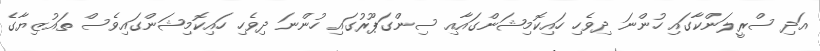
އަދި ސްރީލަންކާގައި ހުންނަ ދިވެހި ހައިކޮމިޝަންގައާއި ސިންގަޕޫރުގައި ހުންނަ ދިވެހި ހައިކޮމިޝަންގައިވެސް ތައުޒިޔާގެ